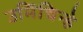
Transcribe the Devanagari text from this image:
उर्मिचिन्हे